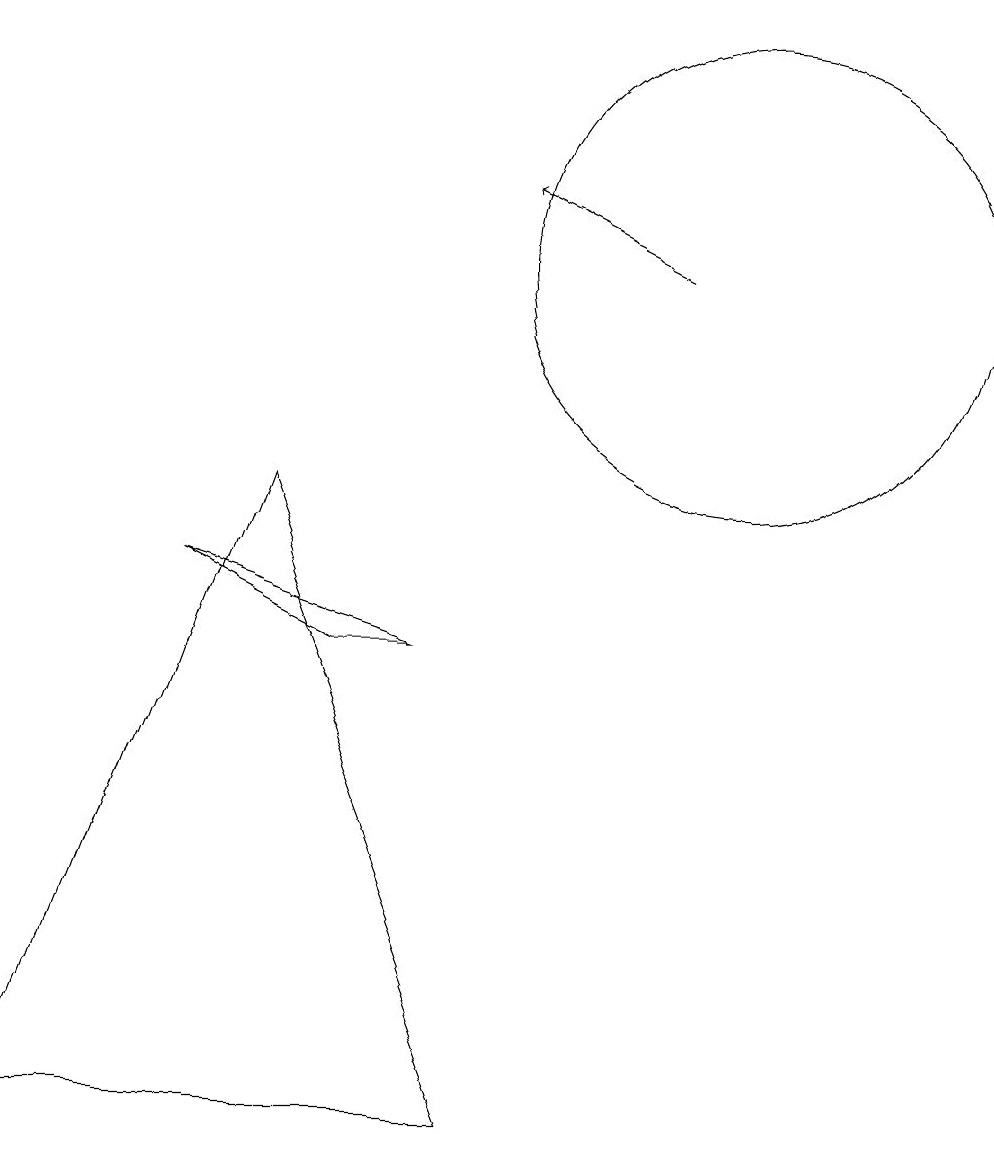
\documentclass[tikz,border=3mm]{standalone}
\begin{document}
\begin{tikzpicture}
\draw (10,11) circle (3);
\draw[->] (9,11) -- (7,12);
\draw (4,8) -- (1,0) -- (7,0) -- cycle;
\draw (3,7) -- (6,6) -- (5,6) -- cycle;
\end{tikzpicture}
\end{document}